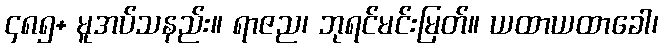
၄၈၅+ မူအပ်သနည်း။ ရာဇည၊ ဘုရင်မင်းမြတ်။ ယထာယထာခေါ၊